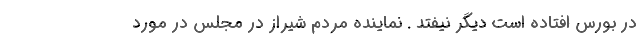
در بورس افتاده است دیگر نیفتد . نماینده مردم شیراز در مجلس در مورد